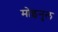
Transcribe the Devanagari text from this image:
मोइनुल